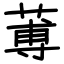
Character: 蒪